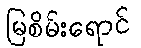
မြစိမ်းရောင်